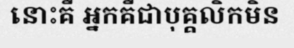
នោះគឺ អ្នកគឺជាបុគ្គលិកមិន